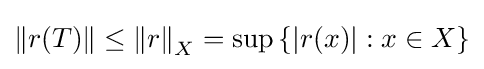
\left\Vert r(T)\right\Vert \leq \left\Vert r\right\Vert _{X}=\sup \left\{\left\vert r(x)\right\vert :x\in X\right\}